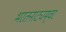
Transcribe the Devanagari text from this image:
भरतनाट्यम्‌वर